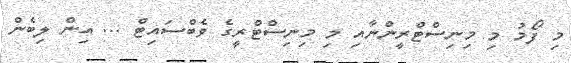
މި ފޯމު މި މިނިސްޓްރީންނާއި މި މިނިސްޓްރީގެ ވެބްސައިޓް ... އިން ލިބެން